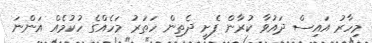
މިހާރު އައިސް ދައުވާ ކުރާން ފެށީ ދެތިން ހަތަރު މަހެއްގެ ހުކުމެއް އަންނަ